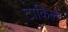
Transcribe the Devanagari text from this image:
टाकिला